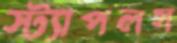
স্ট্যাপলস